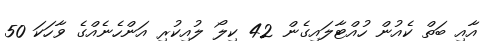
އާއި ބަތް ކެއުން ހުއްޓާލައިގެން 42 ކިލޯ ލުއިކުރި އަންހެނެއްގެ ވާހަކަ 50